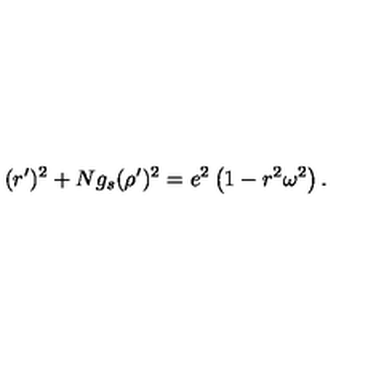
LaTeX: ( r ^ { \prime } ) ^ { 2 } + N g _ { s } ( \rho ^ { \prime } ) ^ { 2 } = e ^ { 2 } \left( 1 - r ^ { 2 } \omega ^ { 2 } \right) .